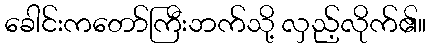
ခေါင်းကတော်ကြီးဘက်သို့ လှည့်လိုက်၏။